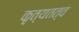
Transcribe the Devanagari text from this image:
कृत्यतत्व